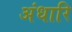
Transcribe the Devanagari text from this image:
अंधारि